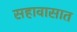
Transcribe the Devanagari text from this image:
सहावासात